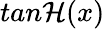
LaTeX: tan\mathcal{H}(x)